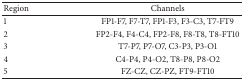
<table><thead><tr><td><b>Region</b></td><td><b>Channels</b></td></tr></thead><tbody><tr><td>1</td><td>FP1-F7, F7-T7, FP1-F3, F3-C3, T7-FT9</td></tr><tr><td>2</td><td>FP2-F4, F4-C4, FP2-F8, F8-T8, T8-FT10</td></tr><tr><td>3</td><td>T7-P7, P7-O7, C3-P3, P3-O1</td></tr><tr><td>4</td><td>C4-P4, P4-O2, T8-P8, P8-O2</td></tr><tr><td>5</td><td>FZ-CZ, CZ-PZ, FT9-FT10</td></tr></tbody></table>